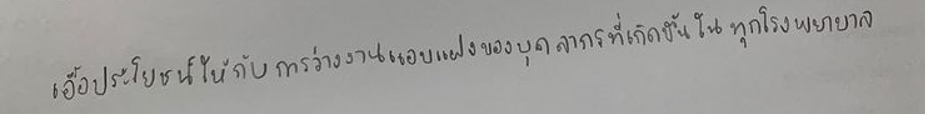
เอื้อประโยชน์ให้กับการว่างงานแอบแฝงของบุคลากรที่เกิดขึ้นในทุกโรงพยาบาล